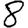
Digit: 8